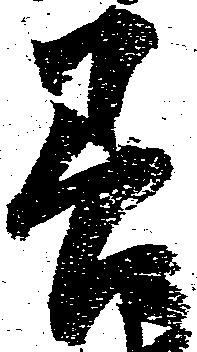
善